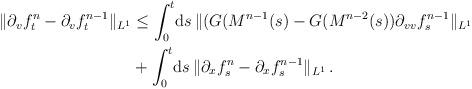
LaTeX: \begin{align*}\| \partial_v f^n_t - \partial_v f^{n-1}_t \|_{L^1} & \le \int_0^t\!\mathrm{d} s\, \|(G(M^{n-1}(s) - G(M^{n-2}(s)) \partial _{vv} f^{n-1}_s \|_{L^1} \\ & + \int_0^t\!\mathrm{d} s\, \| \partial_x f^n_s - \partial_x f^{n-1}_s \|_{L^1} \,.\end{align*}